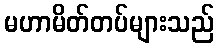
မဟာမိတ်တပ်များသည်